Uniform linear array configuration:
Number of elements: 64
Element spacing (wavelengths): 1
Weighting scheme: hamming
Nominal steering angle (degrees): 30
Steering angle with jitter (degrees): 28.449
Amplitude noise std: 0.05
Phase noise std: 0.05

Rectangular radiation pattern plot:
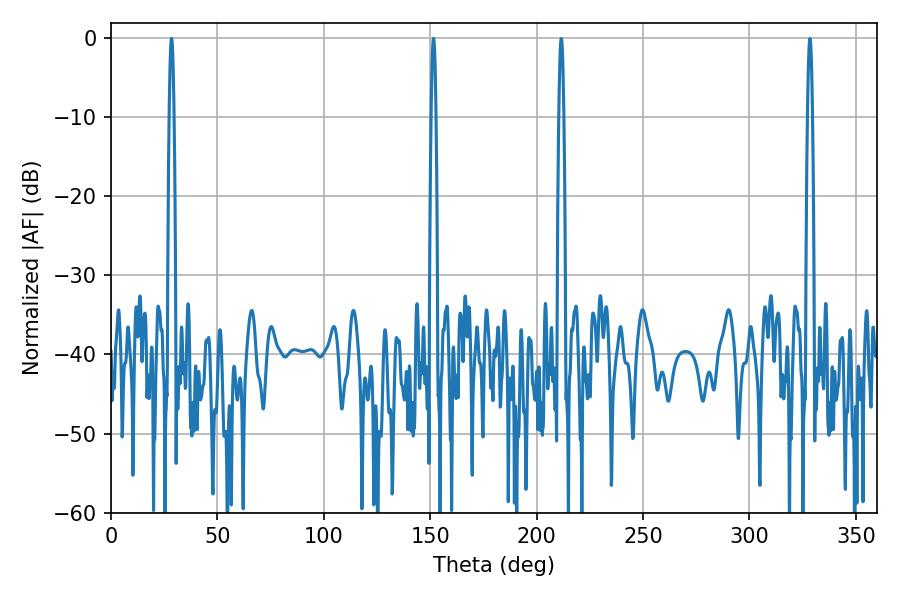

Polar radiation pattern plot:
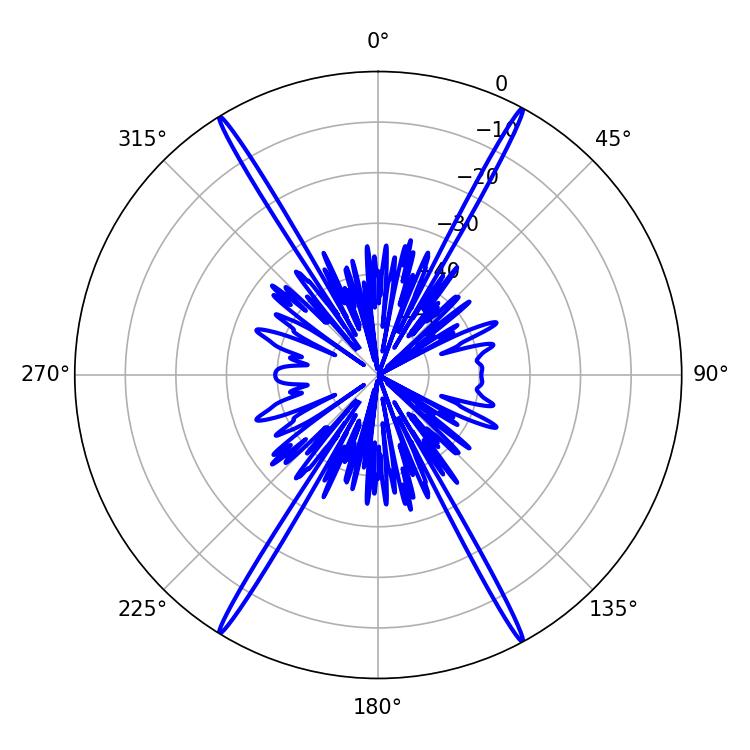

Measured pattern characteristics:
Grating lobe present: TRUE
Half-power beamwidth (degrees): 1.08
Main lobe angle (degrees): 28.44